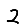
Digit: 2